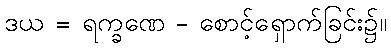
ဒယ = ရက္ခဏေ - စောင့်ရှောက်ခြင်း၌။